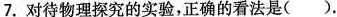
7.对待物理探究的实验，正确的看法是()。